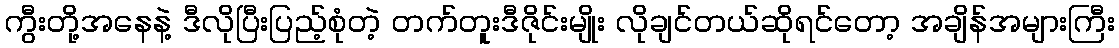
ကွီးတို့အနေနဲ့ ဒီလိုပြီးပြည့်စုံတဲ့ တက်တူးဒီဇိုင်းမျိုး လိုချင်တယ်ဆိုရင်တော့ အချိန်အများကြီး